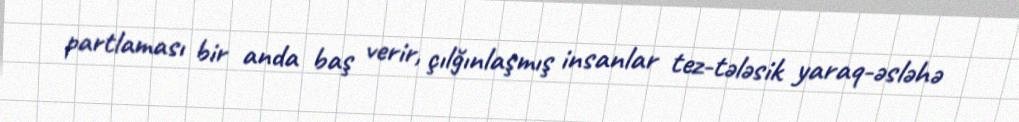
partlaması bir anda baş verir, çılğınlaşmış insanlar tez-tələsik yaraq-əsləhə